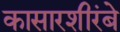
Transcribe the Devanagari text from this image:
कासारशीरंबे